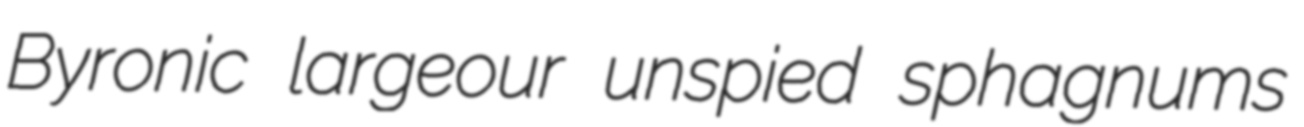
Byronic largeour unspied sphagnums